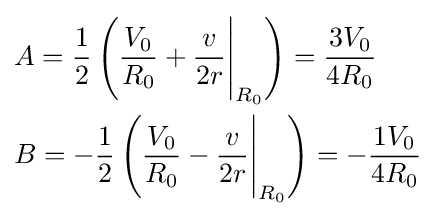
{\begin{aligned}&A={\frac {1}{2}}\left({\frac {V_{0}}{R_{0}}}+{\frac {v}{2r}}{\Bigg \vert }_{R_{0}}\right)={\frac {3V_{0}}{4R_{0}}}\\&B=-{\frac {1}{2}}\left({\frac {V_{0}}{R_{0}}}-{\frac {v}{2r}}{\Bigg \vert }_{R_{0}}\right)=-{\frac {1V_{0}}{4R_{0}}}\\\end{aligned}}